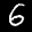
Label: 6